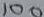
Text: 100